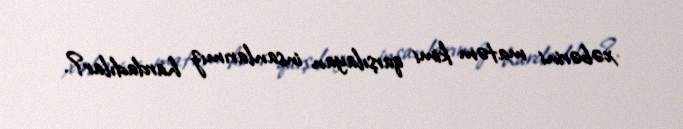
xəbərini matəm kimi qarşılayan insanlarımız hardadılar?.